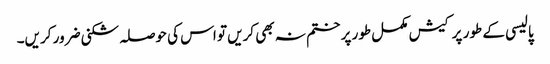
پالیسی کے طور پر کیش مکمل طور پر ختم نہ بھی کریں تو اس کی حوصلہ شکنی ضرور کریں۔